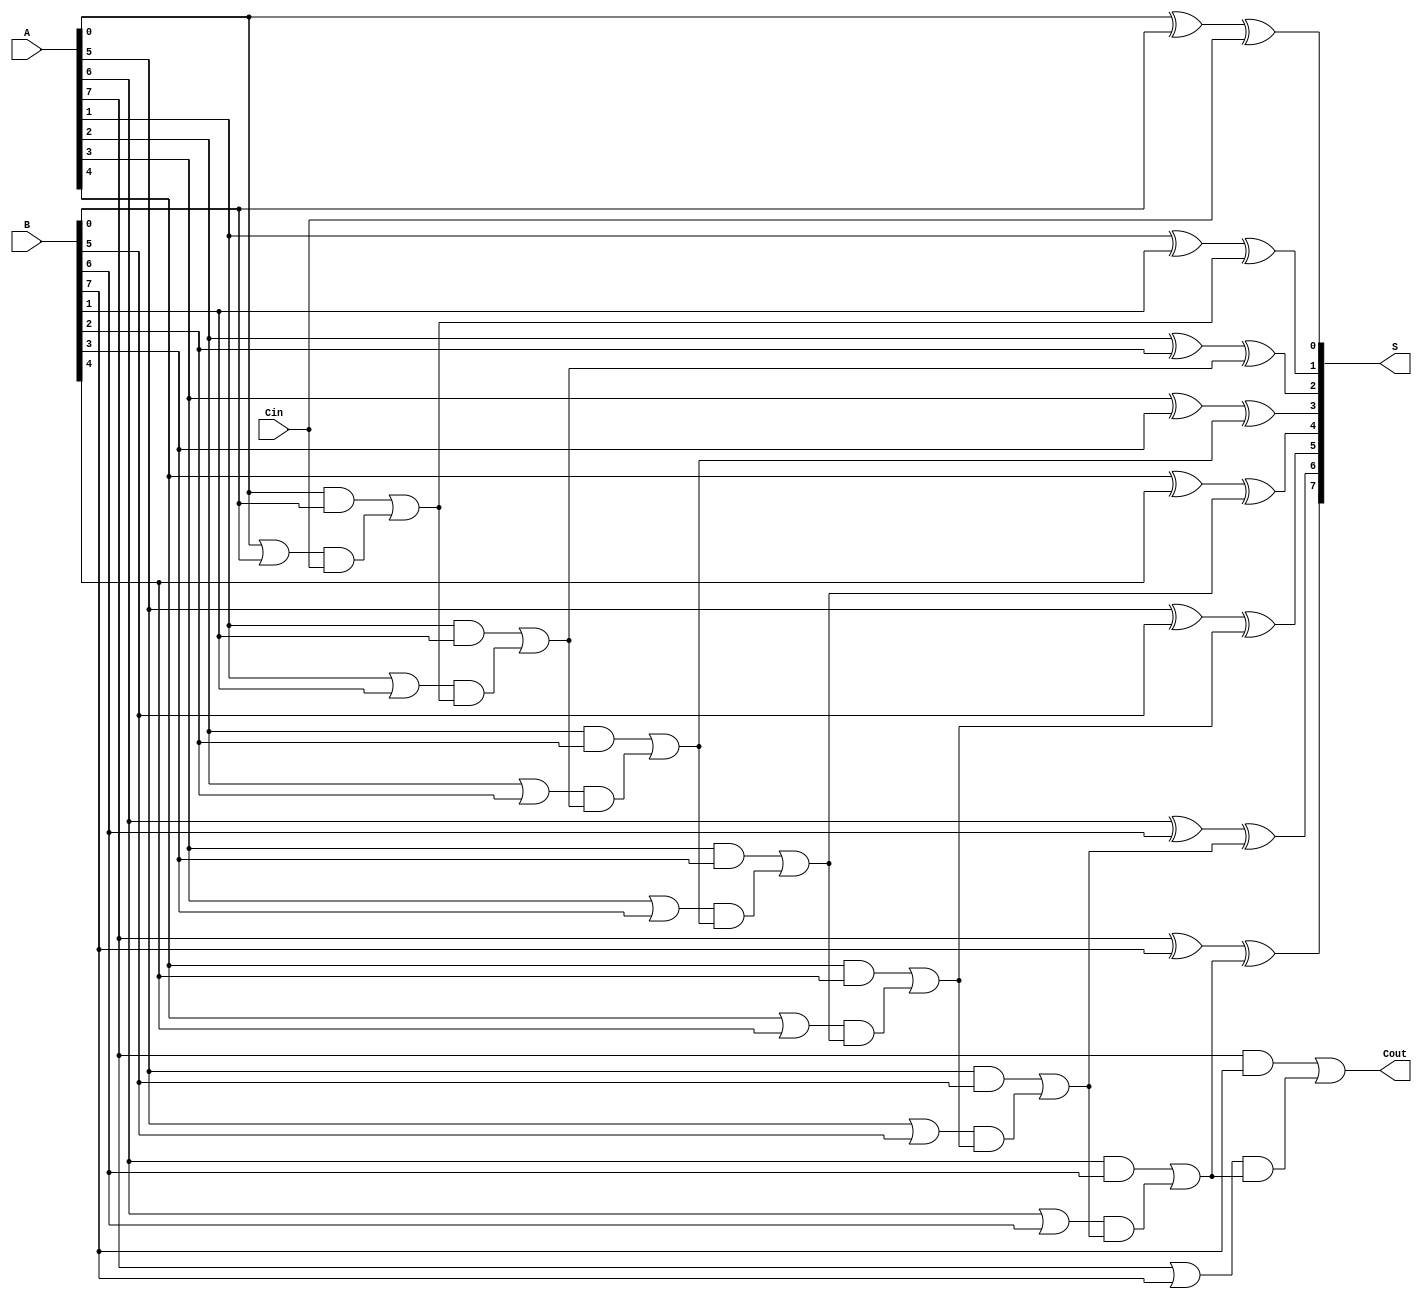
module ManchesterCarryChainAdder #(parameter n = 8) (
    input  [n-1:0] A,      // First n-bit input
    input  [n-1:0] B,      // Second n-bit input
    input         Cin,      // Carry-in
    output [n-1:0] S,      // n-bit sum output
    output        Cout      // Carry-out
);

    wire [n-1:0] G;        // Carry generate signals
    wire [n-1:0] P;        // Carry propagate signals
    wire [n:0] C;          // Carry signals (C[0] = Cin)

    // Generate and propagate signals
    genvar i;
    generate
        for (i = 0; i < n; i = i + 1) begin : carry_gen_prop
            assign G[i] = A[i] & B[i];      // Carry generate
            assign P[i] = A[i] | B[i];      // Carry propagate
        end
    endgenerate

    // Carry chain calculation
    assign C[0] = Cin; // Initial carry-in
    generate
        for (i = 0; i < n; i = i + 1) begin : carry_chain
            if (i == 0) begin
                assign C[i + 1] = G[i] | (P[i] & C[i]); // C1
            end else begin
                assign C[i + 1] = G[i] | (P[i] & C[i]); // C2, C3, ..., Cn
            end
        end
    endgenerate

    // Sum calculation
    generate
        for (i = 0; i < n; i = i + 1) begin : sum_calc
            assign S[i] = A[i] ^ B[i] ^ C[i]; // Sum calculation
        end
    endgenerate

    // Carry-out
    assign Cout = C[n]; // Final carry-out

endmodule